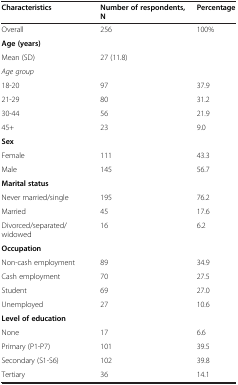
| Characteristics | Number of respondents, N | Percentage |
 | --- | --- | --- |
 | Overall | 256 | 100% |
 | Age (years) |  |  |
 | Mean (SD) | 27 (11.8) |  |
 | Age group |  |  |
 | 18-20 | 97 | 37.9 |
 | 21-29 | 80 | 31.2 |
 | 30-44 | 56 | 21.9 |
 | 45+ | 23 | 9.0 |
 | Sex |  |  |
 | Female | 111 | 43.3 |
 | Male | 145 | 56.7 |
 | Marital status |  |  |
 | Never married/single | 195 | 76.2 |
 | Married | 45 | 17.6 |
 | Divorced/separated/widowed | 16 | 6.2 |
 | Occupation |  |  |
 | Non-cash employment | 89 | 34.9 |
 | Cash employment | 70 | 27.5 |
 | Student | 69 | 27.0 |
 | Unemployed | 27 | 10.6 |
 | Level of education |  |  |
 | None | 17 | 6.6 |
 | Primary (P1-P7) | 101 | 39.5 |
 | Secondary (S1-S6) | 102 | 39.8 |
 | Tertiary | 36 | 14.1 |